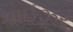
વાઈઝર